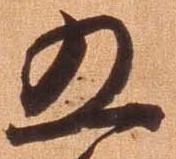
五